画像に写った文字を読んでください
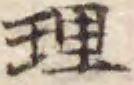
「理」と書いてあります